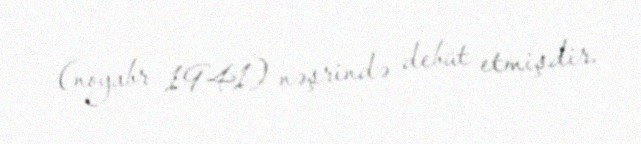
(noyabr 1941) nəşrində debüt etmişdir.